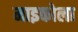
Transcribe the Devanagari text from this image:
माइकोला